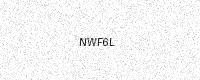
Text: NWF6L